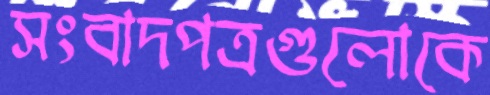
সংবাদপত্রগুলোকে